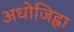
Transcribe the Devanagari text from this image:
अधोजिह्वा